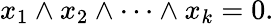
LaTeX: x_{1}\wedge x_{2}\wedge\cdots\wedge x_{k}=0.